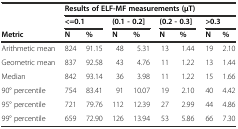
<table><thead><tr><td></td><td colspan="8"><b>Results of ELF-MF measurements (μT)</b></td></tr><tr><td></td><td colspan="2"><b>&lt;=0.1</b></td><td colspan="2"><b>(0.1 - 0.2]</b></td><td colspan="2"><b>(0.2 - 0.3]</b></td><td colspan="2"><b>&gt;0.3</b></td></tr><tr><td><b>Metric</b></td><td><b>N</b></td><td><b>%</b></td><td><b>N</b></td><td><b>%</b></td><td><b>N</b></td><td><b>%</b></td><td><b>N</b></td><td><b>%</b></td></tr></thead><tbody><tr><td>Arithmetic mean</td><td>824</td><td>91.15</td><td>48</td><td>5.31</td><td>13</td><td>1.44</td><td>19</td><td>2.10</td></tr><tr><td>Geometric mean</td><td>837</td><td>92.58</td><td>43</td><td>4.76</td><td>11</td><td>1.22</td><td>13</td><td>1.44</td></tr><tr><td>Median</td><td>842</td><td>93.14</td><td>36</td><td>3.98</td><td>11</td><td>1.22</td><td>15</td><td>1.66</td></tr><tr><td>90° percentile</td><td>754</td><td>83.41</td><td>91</td><td>10.07</td><td>19</td><td>2.10</td><td>40</td><td>4.42</td></tr><tr><td>95° percentile</td><td>721</td><td>79.76</td><td>112</td><td>12.39</td><td>27</td><td>2.99</td><td>44</td><td>4.86</td></tr><tr><td>99° percentile</td><td>659</td><td>72.90</td><td>126</td><td>13.94</td><td>53</td><td>5.86</td><td>66</td><td>7.30</td></tr></tbody></table>